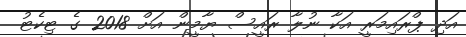
އަދި ޕްރައިމަރީ އަކާ ނުލާ ރައީސް ޔާމީން އަށް 2018 ގެ ޓިކެޓު